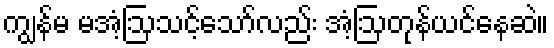
ကျွန်မ မအံ့ဩသင့်သော်လည်း အံ့ဩတုန်ယင်နေဆဲ။